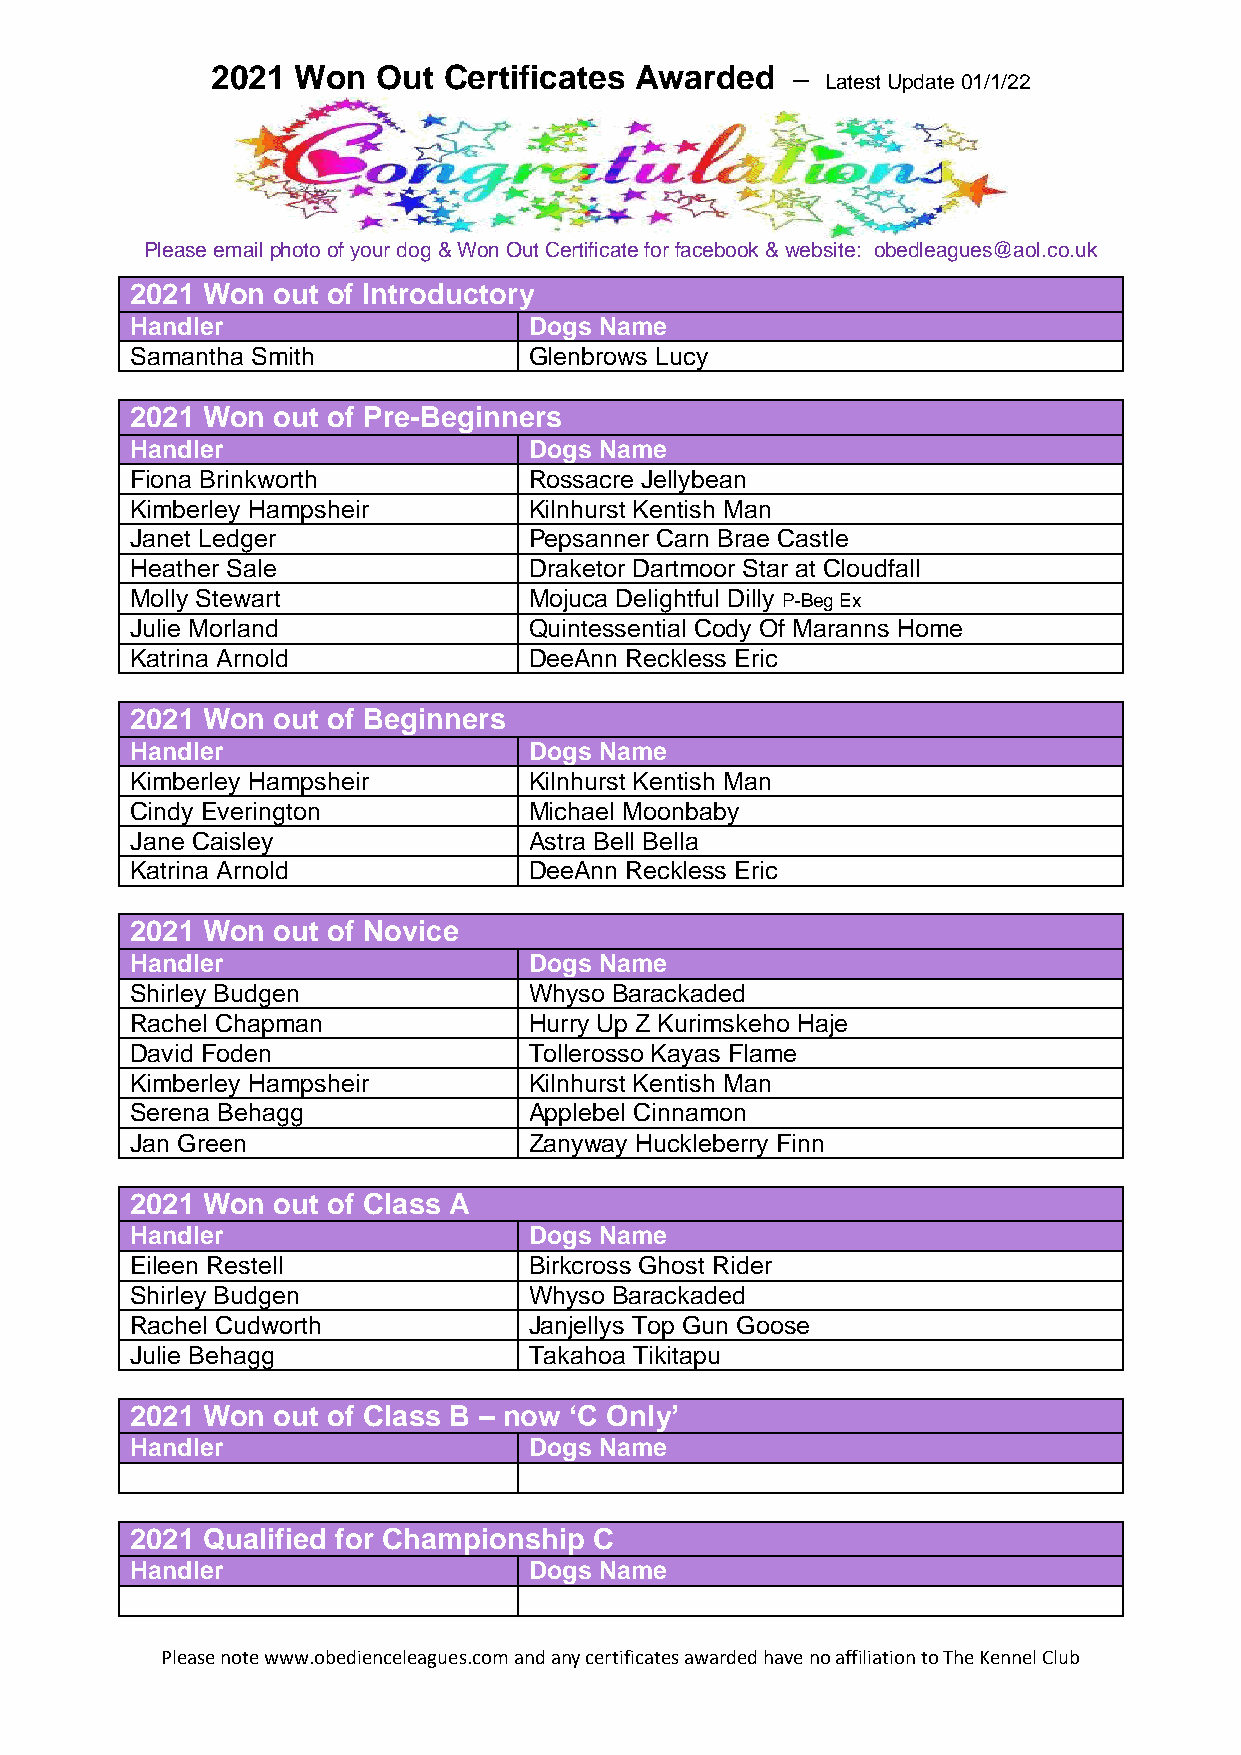
2021 Won   Out Certificates Awarded   –
 Latest Update 01/1/22
 Please email photo of your dog & Won Out Certificate for facebook & website: obedleagues@aol.co.uk
 2021 Won out of Introductory
 Handler                   Dogs Name
 Samantha Smith            Glenbrows Lucy
 2021 Won out of Pre-Beginners
 Handler                   Dogs Name
 Fiona Brinkworth          Rossacre Jellybean
 Kimberley Hampsheir       Kilnhurst Kentish Man
 Janet Ledger              Pepsanner Carn Brae Castle
 Heather Sale              Draketor Dartmoor Star at Cloudfall
 Molly Stewart             Mojuca Delightful Dilly P-Beg Ex
 Julie Morland             Quintessential Cody Of Maranns Home
 Katrina Arnold            DeeAnn Reckless Eric
 2021 Won out of Beginners
 Handler                   Dogs Name
 Kimberley Hampsheir       Kilnhurst Kentish Man
 Cindy Everington          Michael Moonbaby
 Jane Caisley              Astra Bell Bella
 Katrina Arnold            DeeAnn Reckless Eric
 2021 Won out of Novice
 Handler                   Dogs Name
 Shirley Budgen            Whyso Barackaded
 Rachel Chapman            Hurry Up Z Kurimskeho Haje
 David Foden               Tollerosso Kayas Flame
 Kimberley Hampsheir       Kilnhurst Kentish Man
 Serena Behagg             Applebel Cinnamon
 Jan Green                 Zanyway Huckleberry Finn
 2021 Won out of Class A
 Handler                   Dogs Name
 Eileen Restell            Birkcross Ghost Rider
 Shirley Budgen            Whyso Barackaded
 Rachel Cudworth           Janjellys Top Gun Goose
 Julie Behagg              Takahoa Tikitapu
 2021 Won out of Class B – now ‘C Only’
 Handler                   Dogs Name
 2021 Qualified for Championship C
 Handler                   Dogs Name
 Please note www.obedienceleagues.com and any certificates awarded have no affiliation to The Kennel Club